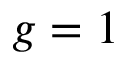
g = 1